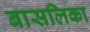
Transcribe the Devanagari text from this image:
बासलिका